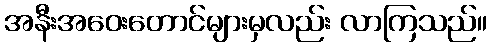
အနီးအဝေးတောင်များမှလည်း လာကြသည်။